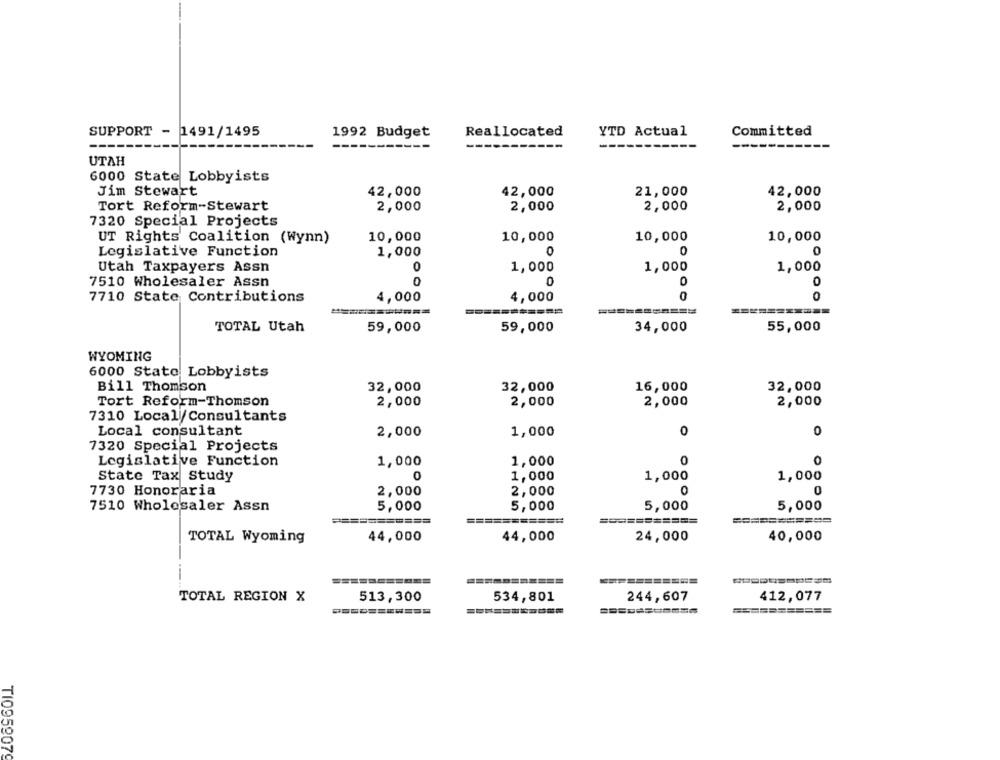
SUPPORT - 1491/1495
1992 Budget
Reallocated
YTD Actual
Committed
-------
---
UTAH
6000 State Lobbyists
Jim Stewart
42,000
42,000
21,000
42,000
Tort Reform-Stewart
2,000
2,000
2,000
2,000
7320 Special Projects
UT Rights' Coalition (Wynn)
10,000
10,000
10,000
10,000
0
0
Legislative Function
1,000
0
Utah Taxpayers Assn
0
1,000
1,000
1,000
0
0
O
7510 Wholesaler Assn
0
0
0
7710 State Contributions
4,000
4,000
TOTAL Utah
59,000
59,000
34,000
55,000
WYOMING
6000 Stato Lobbyists
Bill Thomson
32,000
32,000
16,000
32,000
Tort Reform-Thomson
2,000
2,000
2,000
2,000
7310 Locali/Consultants
Local consultant
2,000
1,000
0
0
7320 Special Projects
Legislative Function
1,000
1,000
0
0
State Tax Study
0
1,000
1,000
1,000
7730 Honoraria
2,000
2,000
0
0
7510 Wholesaler Assn
5,000
5,000
5,000
5,000
======
=======
=====
TOTAL Wyoming
44,000
44,000
24,000
40,000
TOTAL REGION X
513,300
534,801
244,607
412,077
===========
T1095907